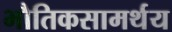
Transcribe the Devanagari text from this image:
भौतिकसामर्थय